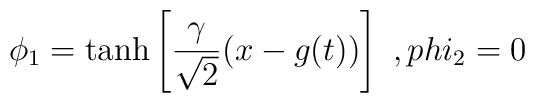
\phi_1=     \tanh \left [ {\gamma \over \sqrt{2}} (x-g(t)) \right ] \ , \ \\phi_2 = 0